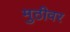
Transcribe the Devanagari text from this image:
मुठीवर